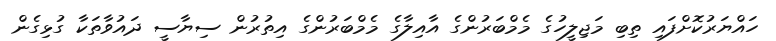
ހައްޔަރުކޮށްފައި ތިބި މަޖިލީހުގެ މެމްބަރުންގެ އާއިލާގެ މެމްބަރުންގެ އިތުރުން ސިޔާސީ ދައުވާތަކާ ގުޅިގެން